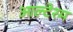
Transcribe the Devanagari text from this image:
आल्टेरम